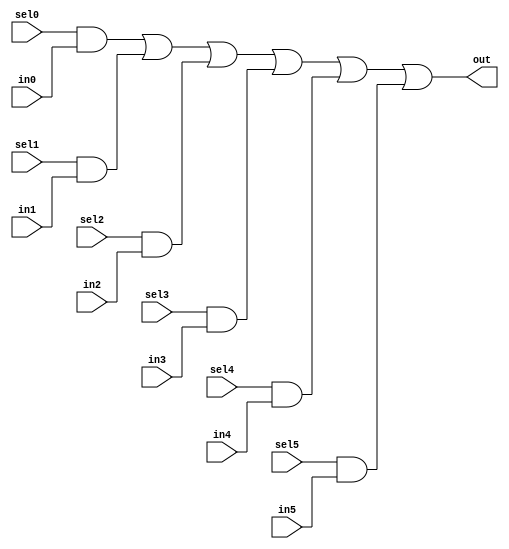
// This program was cloned from: https://github.com/siliconcompiler/lambdalib
// License: MIT License

//#############################################################################
//# Function: 6-Input one-hot vectorized mux                                  #
//# Copyright: Lambda Project Authors. All rights Reserved.                   #
//# License:  MIT (see LICENSE file in Lambda repository)                     #
//#############################################################################

module la_vmux6 #(
    parameter N    = 1,         // width of mux
    parameter PROP = "DEFAULT"  // cell property
) (
    input          sel5,
    input          sel4,
    input          sel3,
    input          sel2,
    input          sel1,
    input          sel0,
    input  [N-1:0] in5,
    input  [N-1:0] in4,
    input  [N-1:0] in3,
    input  [N-1:0] in2,
    input  [N-1:0] in1,
    input  [N-1:0] in0,
    output [N-1:0] out    //selected data output
);

    assign out[N-1:0] = ({(N){sel0}} & in0[N-1:0] |
            {(N){sel1}} & in1[N-1:0] |
            {(N){sel2}} & in2[N-1:0] |
            {(N){sel3}} & in3[N-1:0] |
            {(N){sel4}} & in4[N-1:0] |
            {(N){sel5}} & in5[N-1:0]);

endmodule